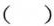
( )